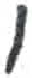
אות: ו